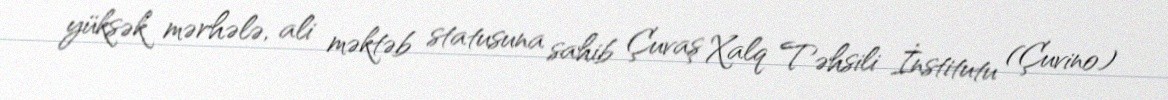
yüksək mərhələ, ali məktəb statusuna sahib Çuvaş Xalq Təhsili İnstitutu (Çuvino)